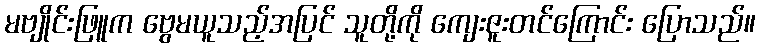
မဗျိုင်းဖြူက ဗွေမယူသည့်အပြင် သူတို့ကို ကျေးဇူးတင်ကြောင်း ပြောသည်။